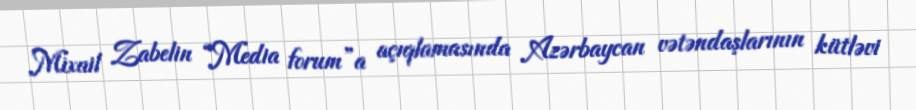
Mixail Zabelin “Media forum”a açıqlamasında Azərbaycan vətəndaşlarının kütləvi